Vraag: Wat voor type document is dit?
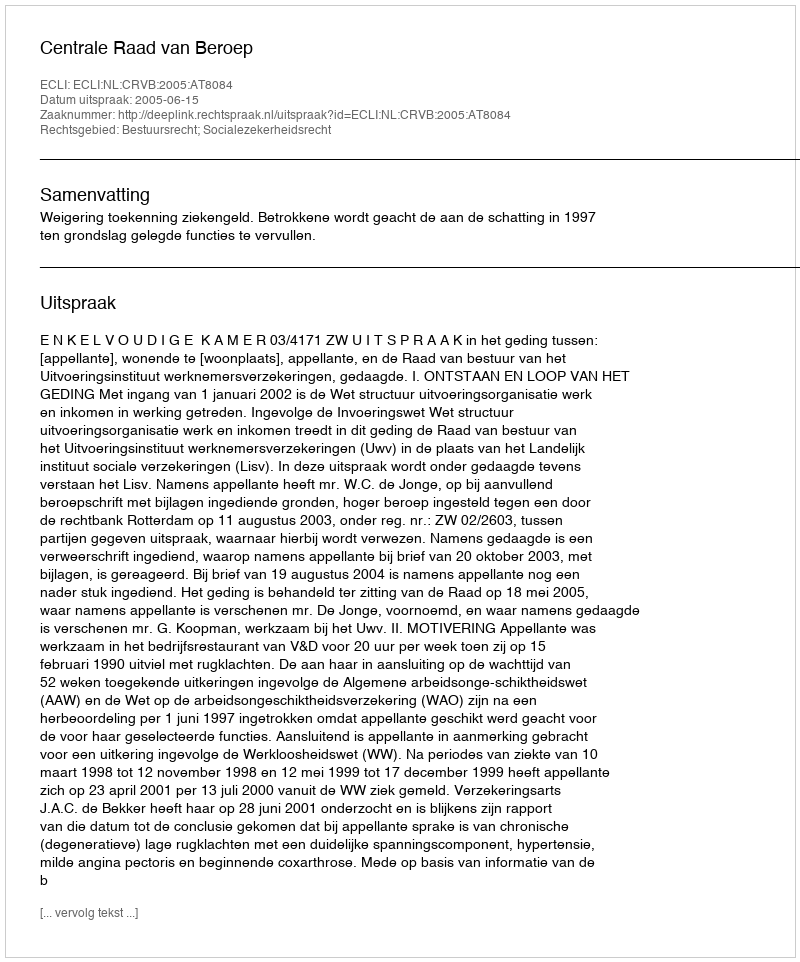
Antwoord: Uitspraak